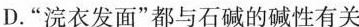
D.“浣衣发面”都与碱的碱性有关